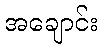
အချောင်း